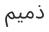
ذميم